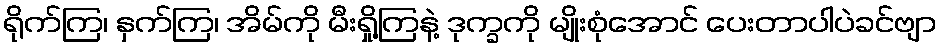
ရိုက်ကြ၊ နှက်ကြ၊ အိမ်ကို မီးရှို့ကြနဲ့ ဒုက္ခကို မျိုးစုံအောင် ပေးတာပါပဲခင်ဗျာ